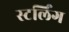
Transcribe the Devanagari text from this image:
स्टर्लिंग